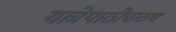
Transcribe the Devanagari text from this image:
यात्रेपाठोपाठच